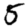
Digit: 5